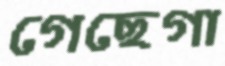
গেছেগা